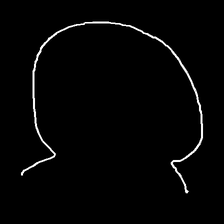
Glyph: weave